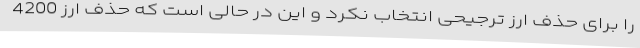
را برای حذف ارز ترجیحی انتخاب نکرد و این در حالی است که حذف ارز 4200